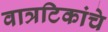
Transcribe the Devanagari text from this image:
वात्रटिकांचे